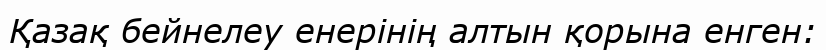
Қазақ бейнелеу енерінің алтын қорына енген: